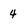
Character: 4